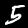
Label: 5